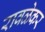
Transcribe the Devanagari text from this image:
रावळेकर